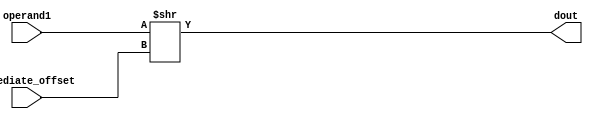
module alu_lsr(
  input [15:0] operand1,
  input [3:0] immediate_offset,
  output [15:0] dout);
  
  assign dout = operand1 >> immediate_offset;
  
endmodule